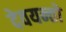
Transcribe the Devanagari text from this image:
देवयन्तो